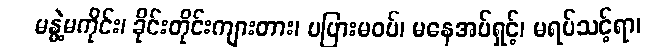
မနွဲ့မကိုင်း၊ ခိုင်းတိုင်းကျားတား၊ မပြားမဝပ်၊ မနေအပ်ရှင့်၊ မရပ်သင့်ရာ၊